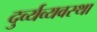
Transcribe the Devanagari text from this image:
दुर्व्यव्यवस्था